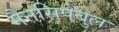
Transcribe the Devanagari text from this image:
मैनसिपेबुल